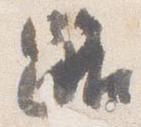
路